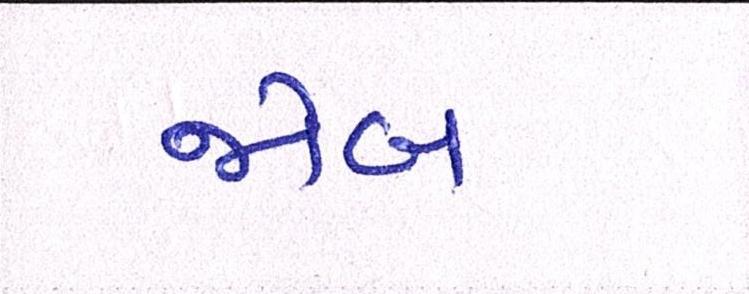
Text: જોબ